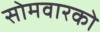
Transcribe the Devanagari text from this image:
सोमवारको